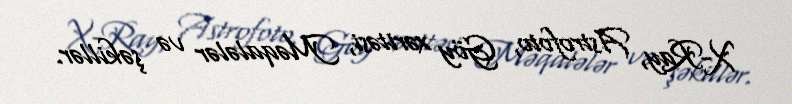
X-Ray, Astrofoto, Göy xəritəsi, Məqalələr və şəkillər.